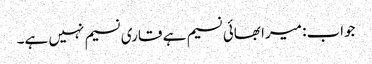
جواب: میرا بھائی نسیم ہے قاری نسیم نہیں ہے۔